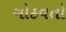
ગોઠવતો